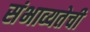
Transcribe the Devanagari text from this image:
संभाव्यतेची